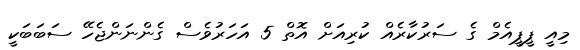
މިއީ ޕީޕީއެމް ގެ ސަރުކާރެއް ކުރިއަށް އޮތް 5 އަހަރުވެސް ގެންނަންޖެހޭ ސަބަބަކީ